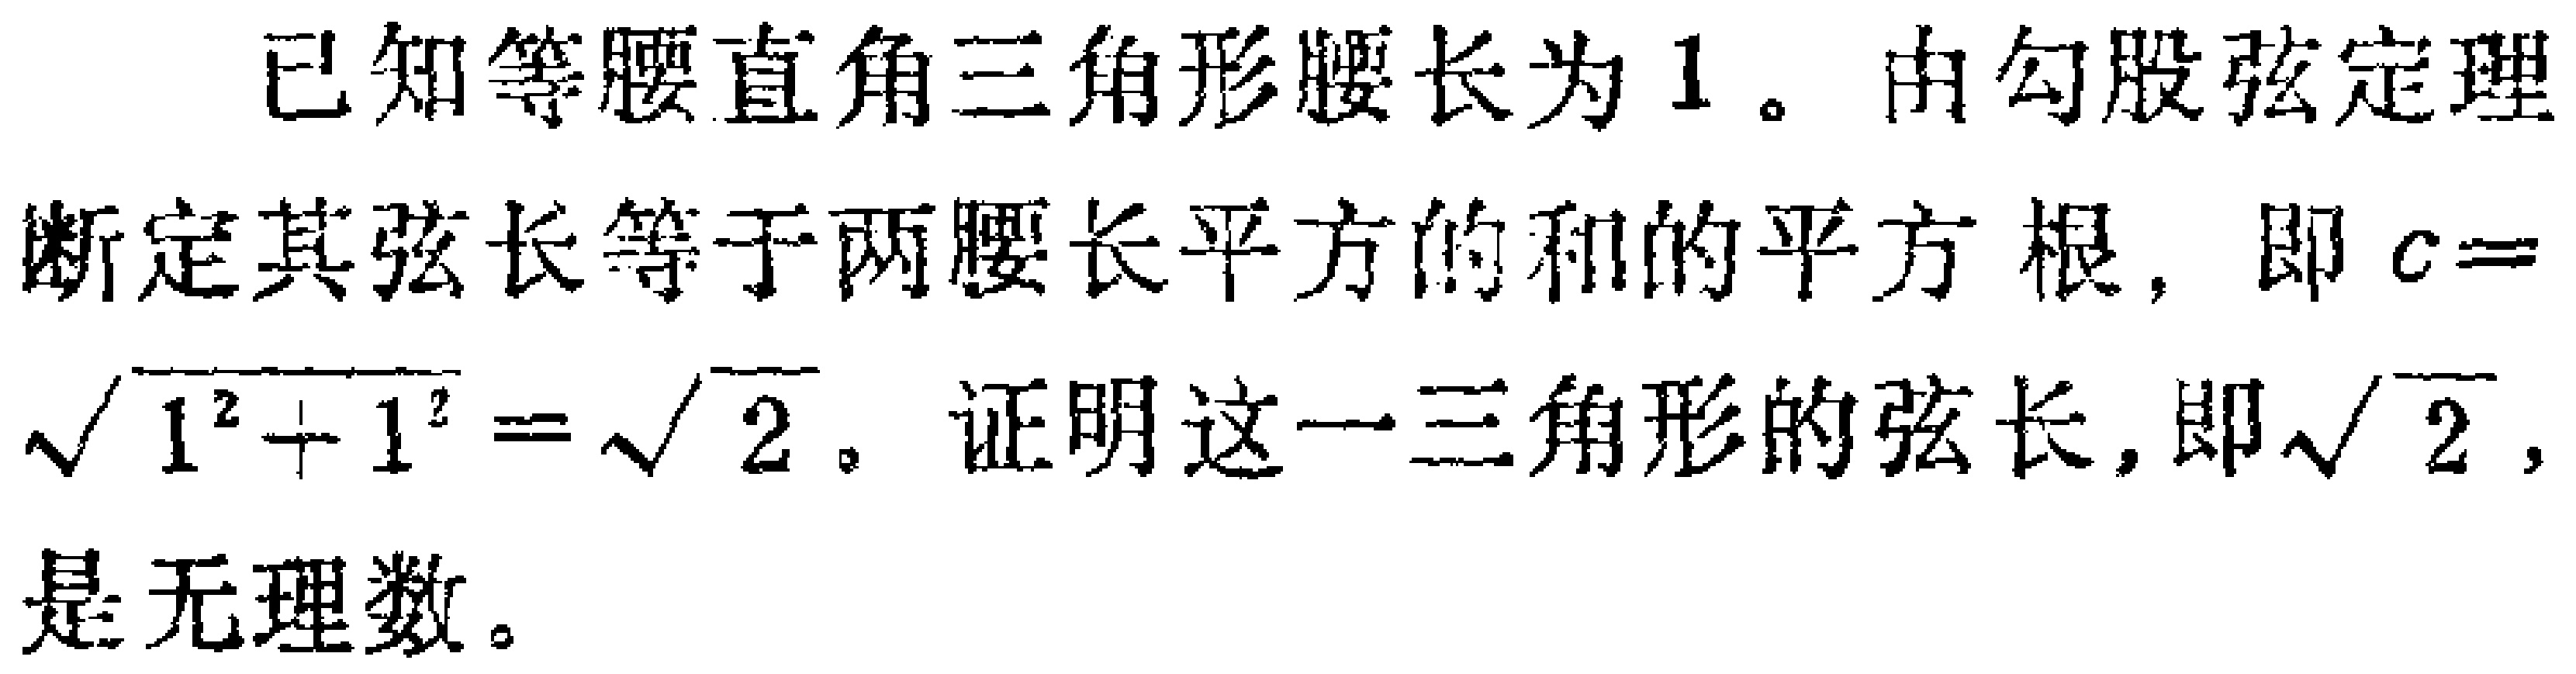
已知等腰直角三角形腰长为$1$。由勾股弦定理断定其弦长等于两腰长平方的和的平方根，即$c = \sqrt{1^{2}+1^{2}}=\sqrt{2}$。证明这一三角形的弦长，即$\sqrt{2}$，是无理数。